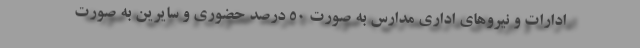
ادارات و نیروهای اداری مدارس به صورت ۵۰ درصد حضوری و سایرین به صورت